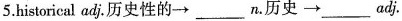
5.historical adj.历史性的\longrightarrow ___n.历史\longrightarrow___adj.